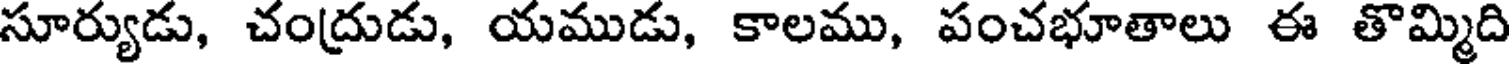
సూర్యుడు, చంద్రుడు, యముడు, కాలము, పంచభూతాలు ఈ తొమ్మిది